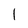
Character: l